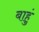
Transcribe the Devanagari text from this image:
बाहुं